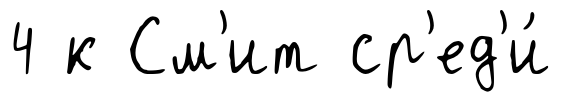
4 к См'ит ср'ед'и́